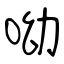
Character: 呦